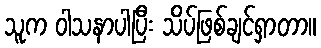
သူက ဝါသနာပါပြီး သိပ်ဖြစ်ချင်ရှာတာ။